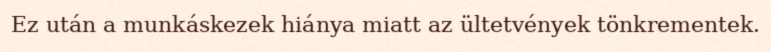
Ez után a munkáskezek hiánya miatt az ültetvények tönkrementek.